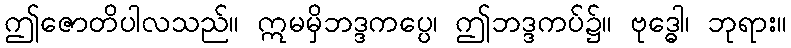
ဤဇောတိပါလသည်။ ဣမမှိဘဒ္ဒကပ္ပေ၊ ဤဘဒ္ဒကပ်၌။ ဗုဒ္ဓေါ၊ ဘုရား။